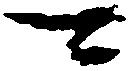
可